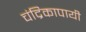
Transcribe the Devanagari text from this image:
चंद्रिकापायी